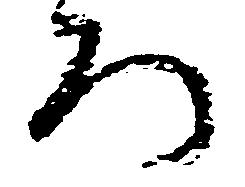
ろ